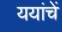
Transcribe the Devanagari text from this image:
ययांचें